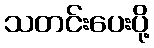
သတင်းပေးပို့